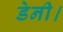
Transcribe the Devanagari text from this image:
डेनी।